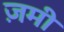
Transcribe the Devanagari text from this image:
ज़मी